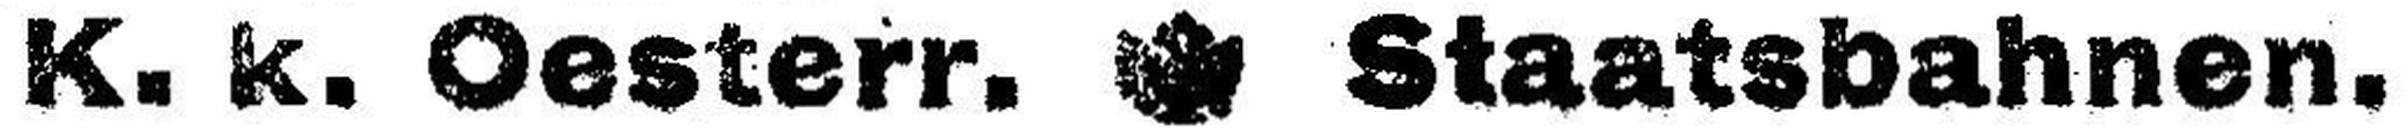
K. k. Oesterr. Staatsbahnen.